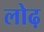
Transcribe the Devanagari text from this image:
लोढ़